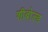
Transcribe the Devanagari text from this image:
शीबोल्ड